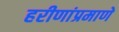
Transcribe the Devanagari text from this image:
हरीणांप्रमाणे